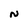
Character: N